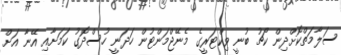
ސަލާމަތްކޮށްދިން ކޯޗު ބުނީ ވިކްޓަރީގެ މެނޭޖްމަންޓުން ހަދަނީ ހުސްދޮގު ކަމަށާއި އޭނާ އަށް